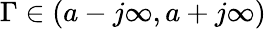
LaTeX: \Gamma\in(a-j\infty,a+j\infty)